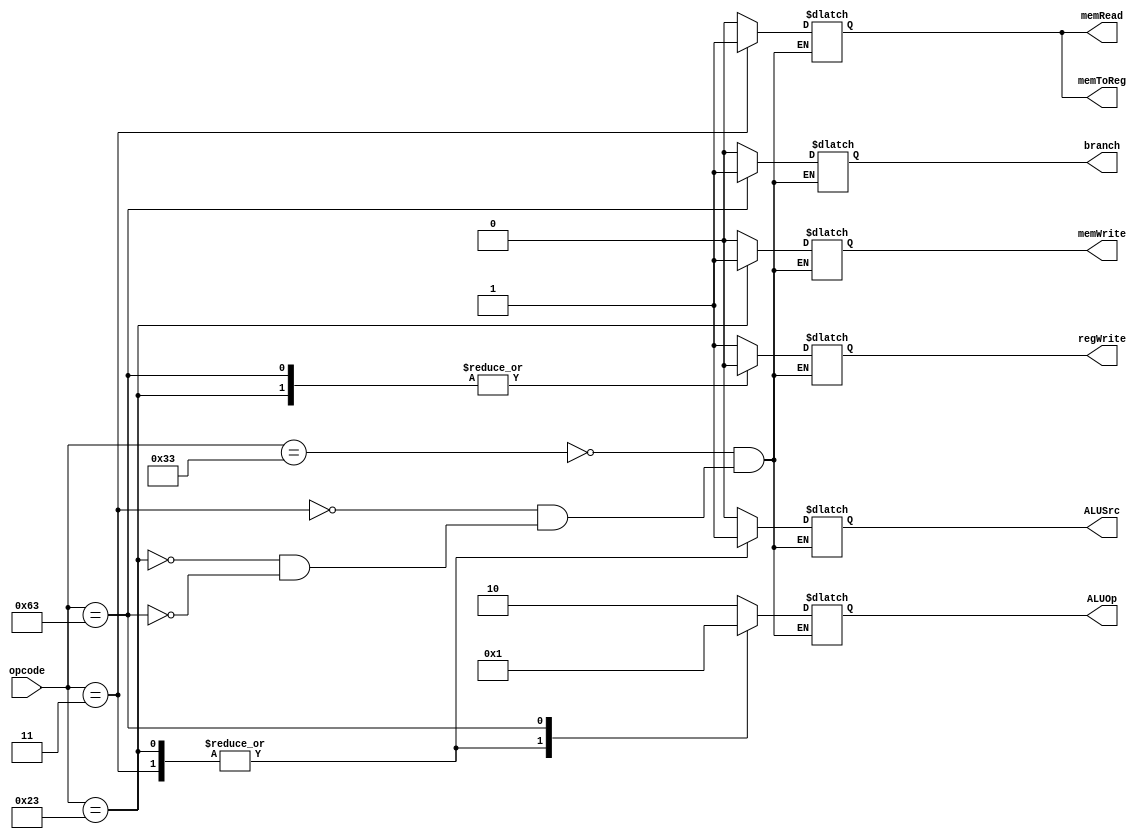
module controlUnit(
	input [6:0] opcode,
	output reg branch, memRead, memToReg, memWrite, ALUSrc, regWrite,
	output reg [1:0] ALUOp
);

	initial
		begin
			branch = 1'b0;
			memRead = 1'b0;
			memToReg = 1'b0;
			memWrite = 1'b0;
			ALUSrc = 1'b0;
			regWrite = 1'b0;
			ALUOp = 2'b11;		//because this is not a legal output of ALUOp
		end
		
	always @ (opcode)
		begin
			case (opcode)
				7'b0110011 : {ALUSrc, memToReg, regWrite, memRead, memWrite, branch, ALUOp} = 8'b00100010;				
				7'b0000011 : {ALUSrc, memToReg, regWrite, memRead, memWrite, branch, ALUOp} = 8'b11110000;				
				7'b0100011 : {ALUSrc, memToReg, regWrite, memRead, memWrite, branch, ALUOp} = 8'b10001000;				
				7'b1100011 : {ALUSrc, memToReg, regWrite, memRead, memWrite, branch, ALUOp} = 8'b00000101;				
			endcase
		end
		
endmodule